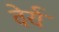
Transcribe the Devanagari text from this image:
वेर्य